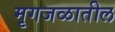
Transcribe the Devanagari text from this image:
मृगजळातील